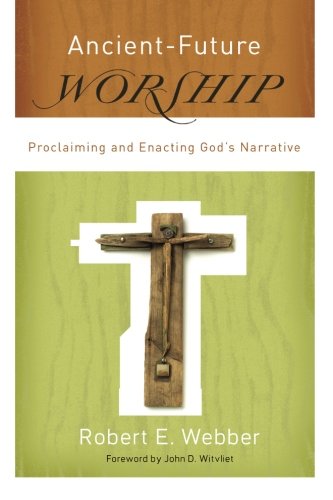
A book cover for Ancient-Future Worship: Proclaiming and Enacting God's Narrative; Robert E. Webber; Christian Books & Bibles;